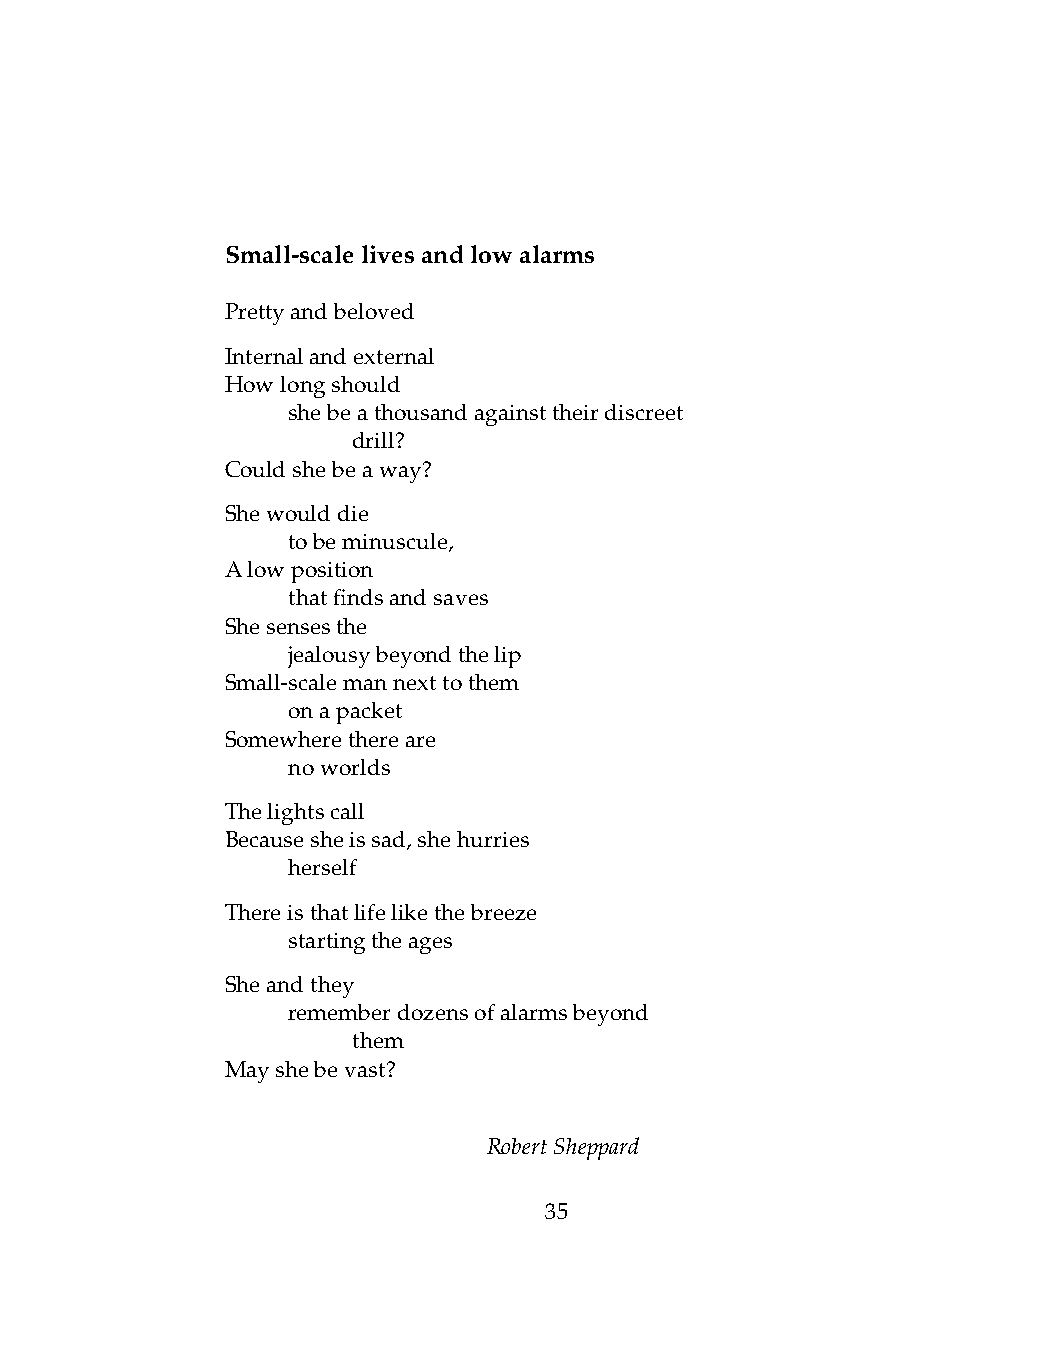
Small-scalelivesandlowalarms
 Prettyandbeloved
 Internalandexternal
 Howlongshould
 .   shebeathousandagainsttheirdiscreet
 .   .   drill?
 Couldshebeaway?
 Shewoulddie
 .   tobeminuscule,
 Alowposition
 .   thatfindsandsaves
 Shesensesthe
 .   jealousybeyondthelip
 Small-scalemannexttothem
 .   onapacket
 Somewherethereare
 .   noworlds
 Thelightscall
 Becausesheissad,shehurries
 .   herself
 Thereisthatlifelikethebreeze
 .   startingtheages
 Sheandthey
 .   rememberdozensofalarmsbeyond
 .   .   them
 Mayshebevast?
 RobertSheppard
 35